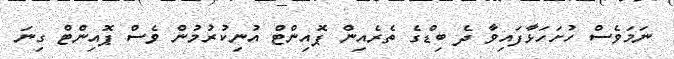
ނަމަވެސް ހުށަހަޅާފައިވާ ދެ ބިޑްގެ ތެރެއިން ޕޮއިންޓް އުނިކުރުމުން ވެސް ޕޮއިންޓް ގިނަ